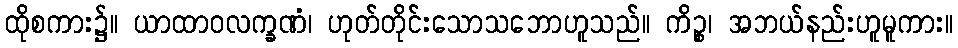
ထိုစကား၌။ ယာထာဝလက္ခဏံ၊ ဟုတ်တိုင်းသောသဘောဟူသည်။ ကိဉ္စ၊ အဘယ်နည်းဟူမူကား။